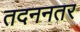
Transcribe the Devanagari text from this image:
तदननतर